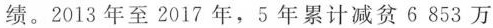
绩。2013年至2017年，5年累计减贫6853万